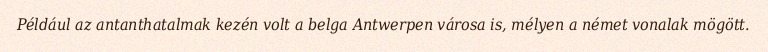
Például az antanthatalmak kezén volt a belga Antwerpen városa is, mélyen a német vonalak mögött.